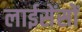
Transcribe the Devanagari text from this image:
लाईसेंसों